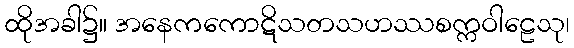
ထိုအခါ၌။ အနေကကောဋိသတသဟဿစက္ကဝါဠေသု၊